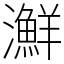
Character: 㶍